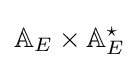
\mathbb {A} _{E}\times \mathbb {A} _{E}^{\star }